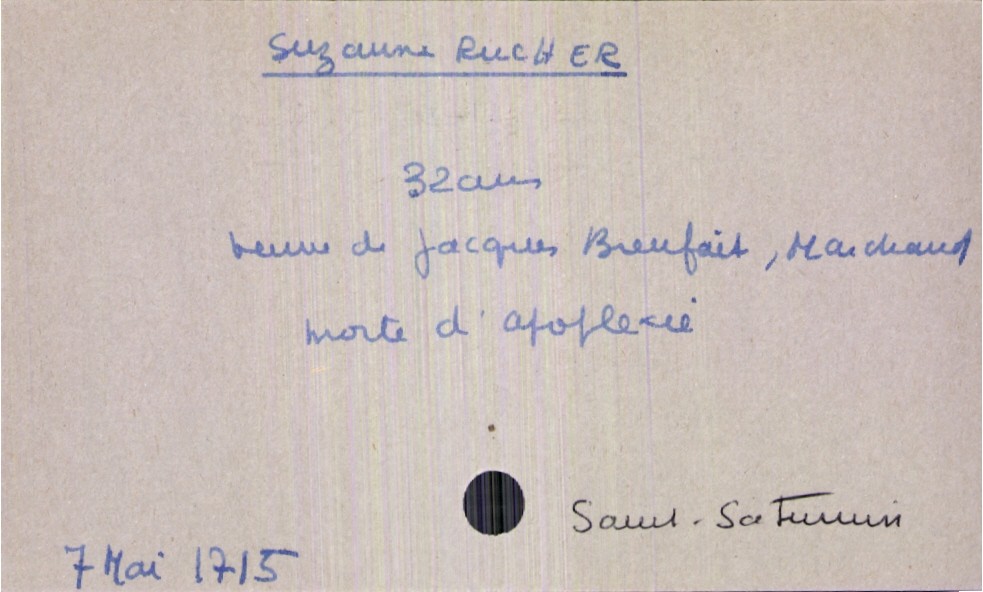
type_acte: Décès
année: 1715
mois: mai
jour: 7
paroisse: Saint-Saturnin
observations: morte d'apoplexie
défunt_nom: Rucher
défunt_prénom: Suzanne
défunt_sexe: F
défunt_âge: 32 ans
défunt_statut: veuf(ve)